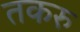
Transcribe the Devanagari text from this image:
तकरु